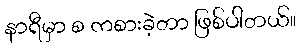
နာရီမှာ စ ကစားခဲ့တာ ဖြစ်ပါတယ်။